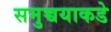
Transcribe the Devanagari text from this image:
समुच्चयाकडे